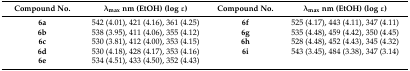
<table><thead><tr><td><b>Compound No.</b></td><td><b>λ<sub>max</sub> nm (EtOH) (log ε)</b></td><td><b>Compound No.</b></td><td><b>λ<sub>max</sub> nm (EtOH) (log ε)</b></td></tr></thead><tbody><tr><td><b>6a</b></td><td>542 (4.01), 421 (4.16), 361 (4.25)</td><td><b>6f</b></td><td>525 (4.17), 443 (4.11), 347 (4.11)</td></tr><tr><td><b>6b</b></td><td>538 (3.95), 411 (4.06), 355 (4.12)</td><td><b>6g</b></td><td>535 (4.48), 459 (4.42), 350 (4.45)</td></tr><tr><td><b>6c</b></td><td>530 (3.81), 412 (4.00), 353 (4.15)</td><td><b>6h</b></td><td>528 (4.48), 452 (4.43), 345 (4.32)</td></tr><tr><td><b>6d</b></td><td>530 (4.18), 428 (4.17), 353 (4.16)</td><td><b>6i</b></td><td>543 (3.45), 484 (3.38), 347 (3.14)</td></tr><tr><td><b>6e</b></td><td>534 (4.51), 433 (4.50), 352 (4.43)</td><td></td><td></td></tr></tbody></table>